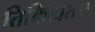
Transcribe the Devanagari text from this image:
तिकिटातच